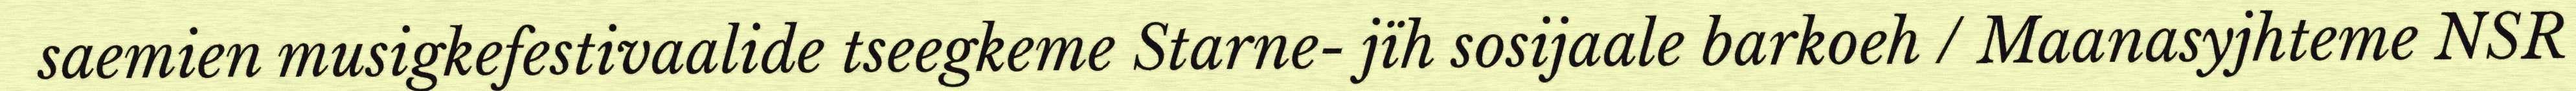
saemien musigkefestivaalide tseegkeme Starne- jïh sosijaale barkoeh / Maanasyjhteme NSR